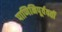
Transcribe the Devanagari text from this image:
पाणिनिपूर्ववर्ती